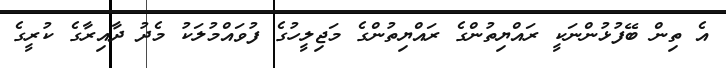
އެ ތިން ބޭފުޅުންނަކީ ރައްޔިތުންގެ ރައްޔިތުންގެ މަޖިލީހުގެ ފުވައްމުލަކު މެދު ދާއިރާގެ ކުރީގެ